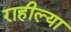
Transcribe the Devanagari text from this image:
राहील्या